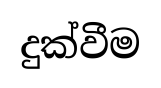
දුක්වීම